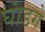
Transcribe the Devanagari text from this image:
घांडगे